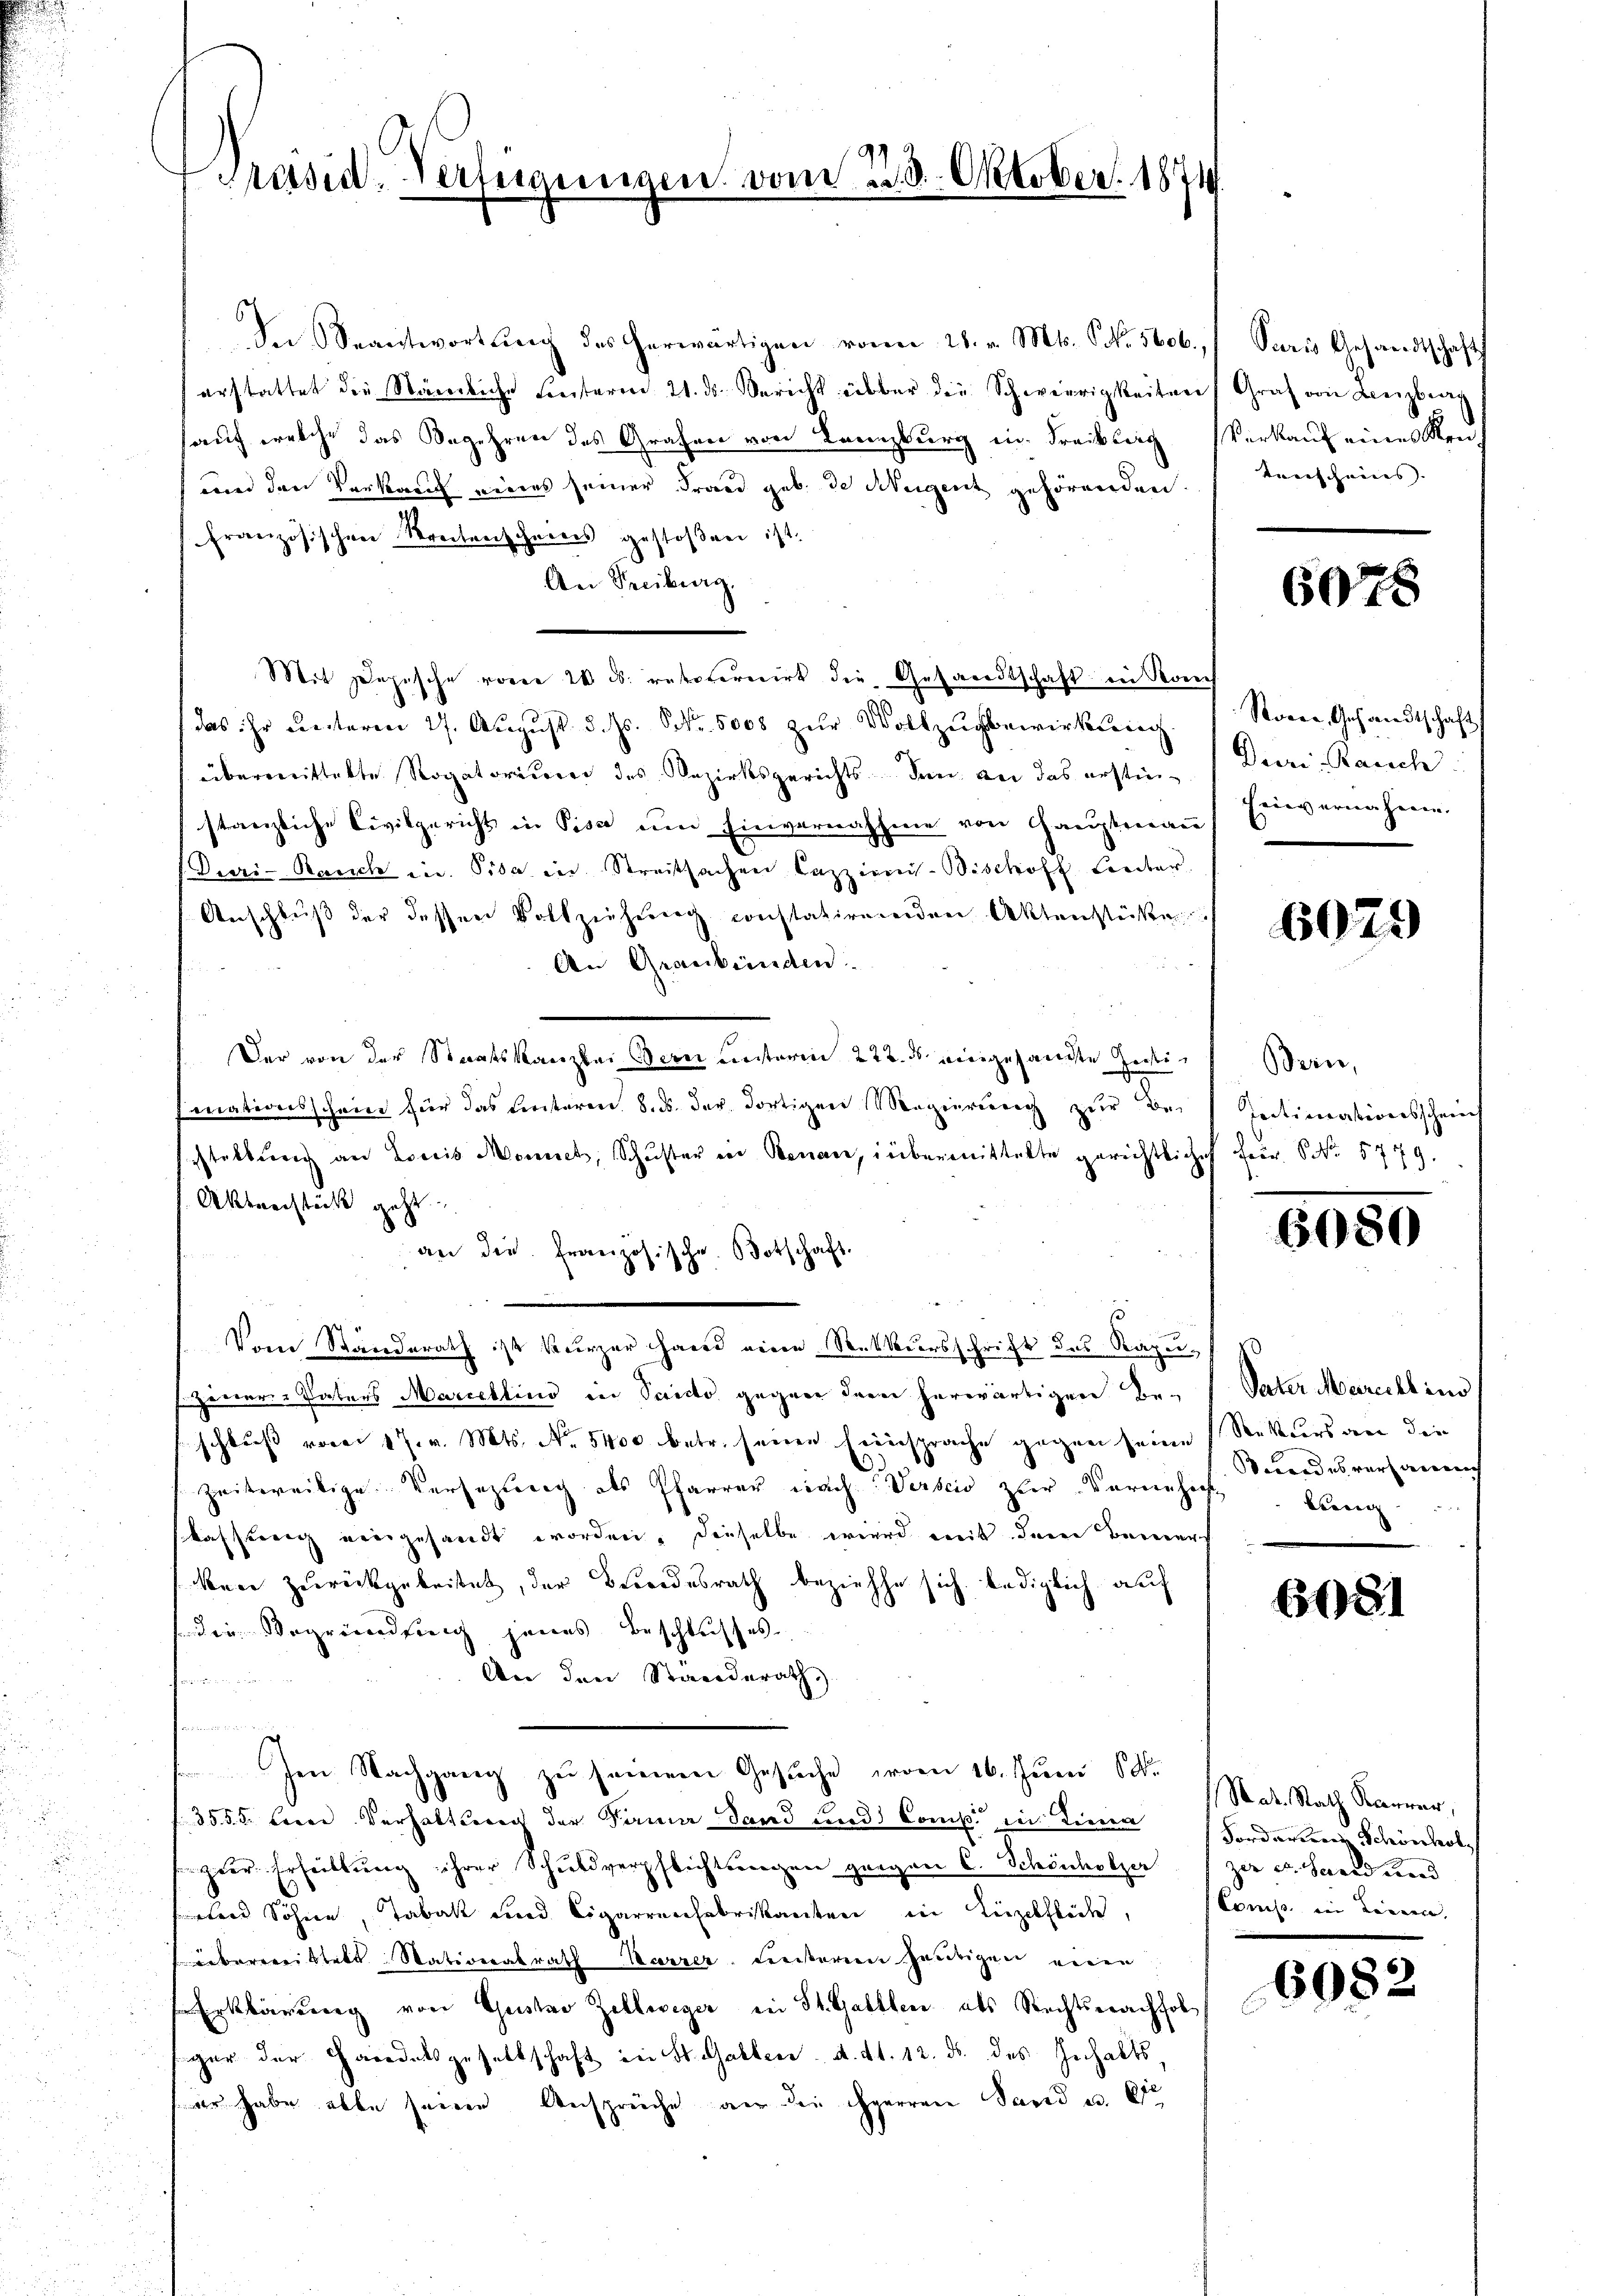
t
Präsid. Verfügungen vom 23. 8. Oktober. 1871

In Beantwortŭng des herwärtigen von 28. v. Mts. S. 5606.
erstattet die Nämliche hinterm 21. ds. Bericht über die Schwierigkeiten Graf von Lenzbran
auf welche das Begehren des Grafen von Tanzburg in Freckler Verkauf eines Ken¬
und den Verkauf eines seiner Frand geb. de Neigent gehörenden.
Französischen Streitenscheines gestoßen ist.
An Freiburg.
Mit Depesche von 20 l. retovereirt die Gesandtschaft in Ronc
das ihr unteren 27. August d. Js. Nr. 5000 zur Vollzugsbewirkung
übermittelte Rogatorium des Bezirksgerichts den an das erstin-
stanzliche Civilgericht in Pisa um Einvernahme von Hauptmann
Duri-Bauch in Pila in Streitsachen Cazzinis- Bischoff Luter
Anschluß der dessen Vollziehung constatirenden Aktenstüße
An Graubünden.
Der von der Staatskanzlei Bern unterm 222. ds. angesandte Zeifinationsschein für das Einteren 8. ds. der dortigen Magierung zur Be-
sstellung an Loris Monnet, Schuster von Benau, inbermittelte gerichtliche
Aktnerstück geht.
an die Französische Botschaft.
Vom Standerath ist kurzer Hand eine Rekursschrift des Razuszener Vaters Marcellino in Saido gegen dem herwärtigen Beschluß vom 17. v. Mts. No. 5400 betr. seine Einsprache gegen seine Rekurs an die
Zeitereitige Versezung als Pfarrer nach Verbis zur Vornehe
kassereich vergesandt worden, dieselbe wird mit dem Bemerkeie zurückgebeitet, der Beendesrath beziehe sich lediglich auf
(die Begründung jenes Beschlusses.
An den Ständerath
tnen
.
Im Nachgang zu seinem Gesuche vom 16. Juni 18
3555. Herrn Verhalteren der Name Sand und Comp. in einen Forderten Schönhol
Heer Erheittung ihrer Schuldverpflichtungen gegen C. Schönholzer zu u. Sand und
eten Söhnen, Tabatt und Cigarrenfabrikanten in Luzelflich. Comp. in können,
berreistete Nativerabrath Herrer Leisterien heutigen einen
Erklärung von Gustav Zellweger ein St. Gallen als Rechtsprachfol
gar der Harodelsgesellschaft in St. Gallen d. d. 12. ds. des Inhalts,
eer habe abbe seinen Ansprüche an die gerren Sand u. 62

Paris Gesandtschafts
tenscheins.

6078

Rover, Gesandtschaft
Duri-Rauch
Einvernahme.

6029

Bern,
Intimationsschrich
Herr NNo. 5779.

6080

6081

Vater Marecht ins
wordes vergerreich
Lerne |

Rat. Rath Karner,

6082